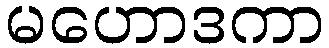
မဟောဒကာ